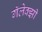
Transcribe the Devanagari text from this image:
गॅलेक्झी